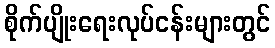
စိုက်ပျိုးရေးလုပ်ငန်းများတွင်